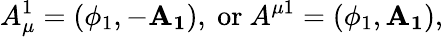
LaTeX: A_{\mu}^{1}=(\phi_{1},-\mathbf{A_{1}}),~\mathrm{or}~A^{\mu 1}=(\phi_{1},\mathbf{A_{1}}),